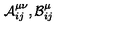
{ \cal { A } } _ { i j } ^ { \mu \nu } , { \cal { B } } _ { i j } ^ { \mu }